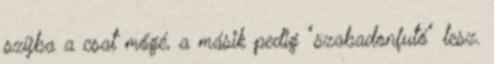
szíjba a csat mőgé, a másik pedig "szabadonfutó" lesz.